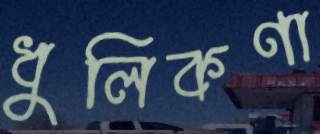
ধুলিকণা